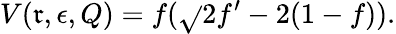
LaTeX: V(\mathfrak{r},\epsilon,Q)=f(\sqrt{}{2}f^{\prime}-2(1-f)).